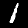
Digit: 1